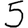
Digit: 5